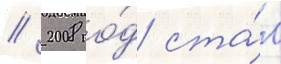
// 2008 го́д ста́л